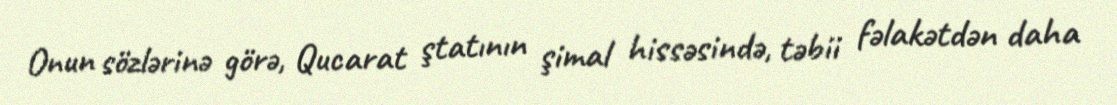
Onun sözlərinə görə, Qucarat ştatının şimal hissəsində, təbii fəlakətdən daha